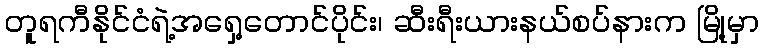
တူရကီနိုင်ငံရဲ့အရှေ့တောင်ပိုင်း၊ ဆီးရီးယားနယ်စပ်နားက မြို့မှာ